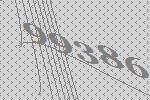
99386